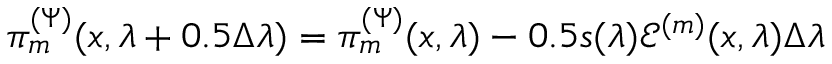
\pi _ { m } ^ { ( \Psi ) } ( x , \lambda + 0 . 5 \Delta \lambda ) = \pi _ { m } ^ { ( \Psi ) } ( x , \lambda ) - 0 . 5 s ( \lambda ) \mathcal { E } ^ { ( m ) } ( x , \lambda ) \Delta \lambda